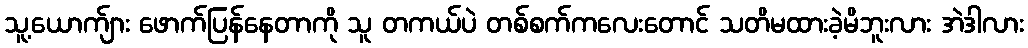
သူ့ယောက်ျား ဖောက်ပြန်နေတာကို သူ တကယ်ပဲ တစ်စက်ကလေးတောင် သတိမထားခဲ့မိဘူးလား အဲဒါလား